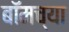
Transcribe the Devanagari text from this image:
बॉमच्या